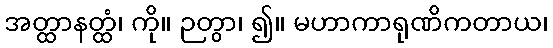
အတ္ထာနတ္ထံ၊ ကို။ ဉတွာ၊ ၍။ မဟာကာရုဏိကတာယ၊